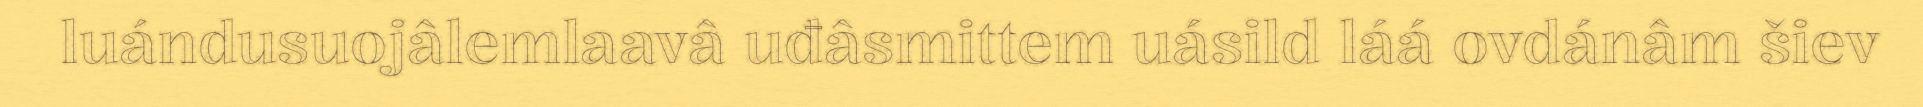
luándusuojâlemlaavâ uđâsmittem uásild láá ovdánâm šiev